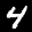
Label: 4